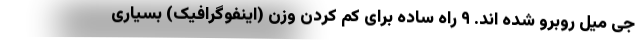
جی میل روبرو شده اند. ۹ راه ساده برای کم کردن وزن (اینفوگرافیک) بسیاری